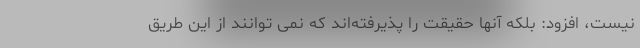
نیست، افزود: بلکه آنها حقیقت را پذیرفته‌اند که نمی توانند از این طریق